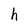
Character: h